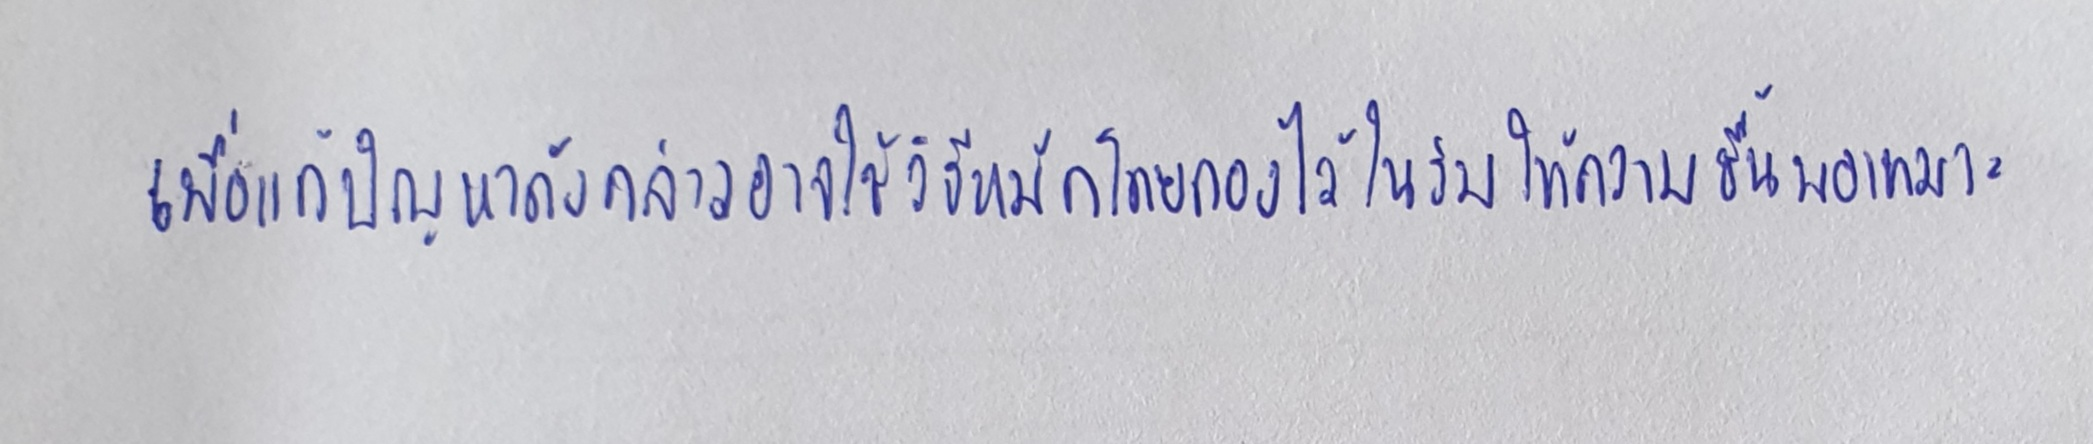
เพื่อแก้ปัญหาดังกล่าวอาจใช้วิธีหมักโดยกองไว้ในร่มให้ความชื้นพอเหมาะ